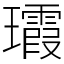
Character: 𤫑